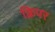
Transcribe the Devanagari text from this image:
क्रिपर